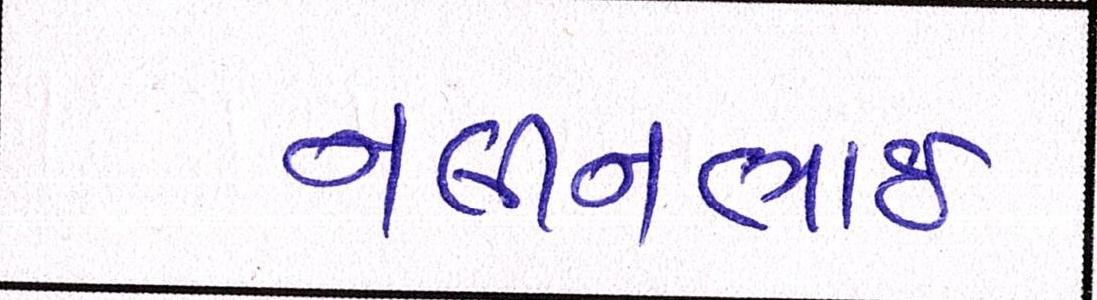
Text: નલીનભાઈ